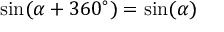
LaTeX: \sin ( \alpha + 3 6 0 ^ { \circ } ) = \sin ( \alpha )